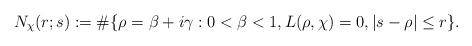
LaTeX: \begin{align*}N_{\chi}(r; s) :=\#\{\rho=\beta+i\gamma: 0 < \beta < 1, L(\rho, \chi)=0,|s-\rho|\leq r\}.\end{align*}